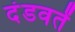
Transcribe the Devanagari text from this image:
दंडवतें